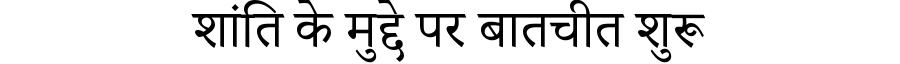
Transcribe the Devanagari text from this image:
शांति के मुद्दे पर बातचीत शुरू